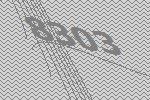
8303